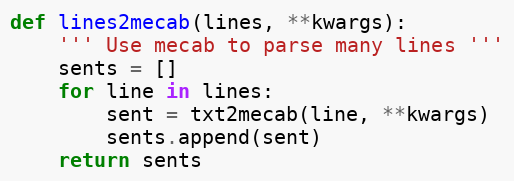
Language: Python
def lines2mecab(lines, **kwargs):
    ''' Use mecab to parse many lines '''
    sents = []
    for line in lines:
        sent = txt2mecab(line, **kwargs)
        sents.append(sent)
    return sents